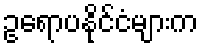
ဥရောပနိုင်ငံများက